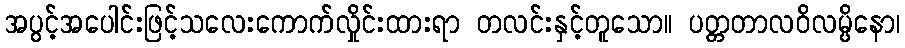
အပွင့်အပေါင်းဖြင့်သလေးကောက်လှိုင်းထားရာ တလင်းနှင့်တူသော။ ပတ္တတာလဝိလမ္ပိနော၊